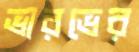
ভারভের